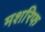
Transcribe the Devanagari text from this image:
मशरिफ